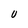
Character: U